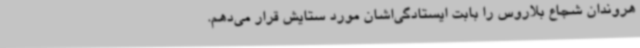
هروندان شجاع بلاروس را بابت ایستادگی‌اشان مورد ستایش قرار می‌دهم.